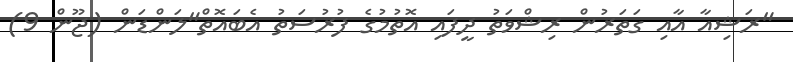
"ރަޝިއާ އާއި ގަތަރުން ރިޝްވަތު ދީފައި އޮތުމުގެ ފުރުސަތު އެބައޮތް"ލަންޑަން (ޖޫން 9)